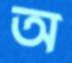
অ